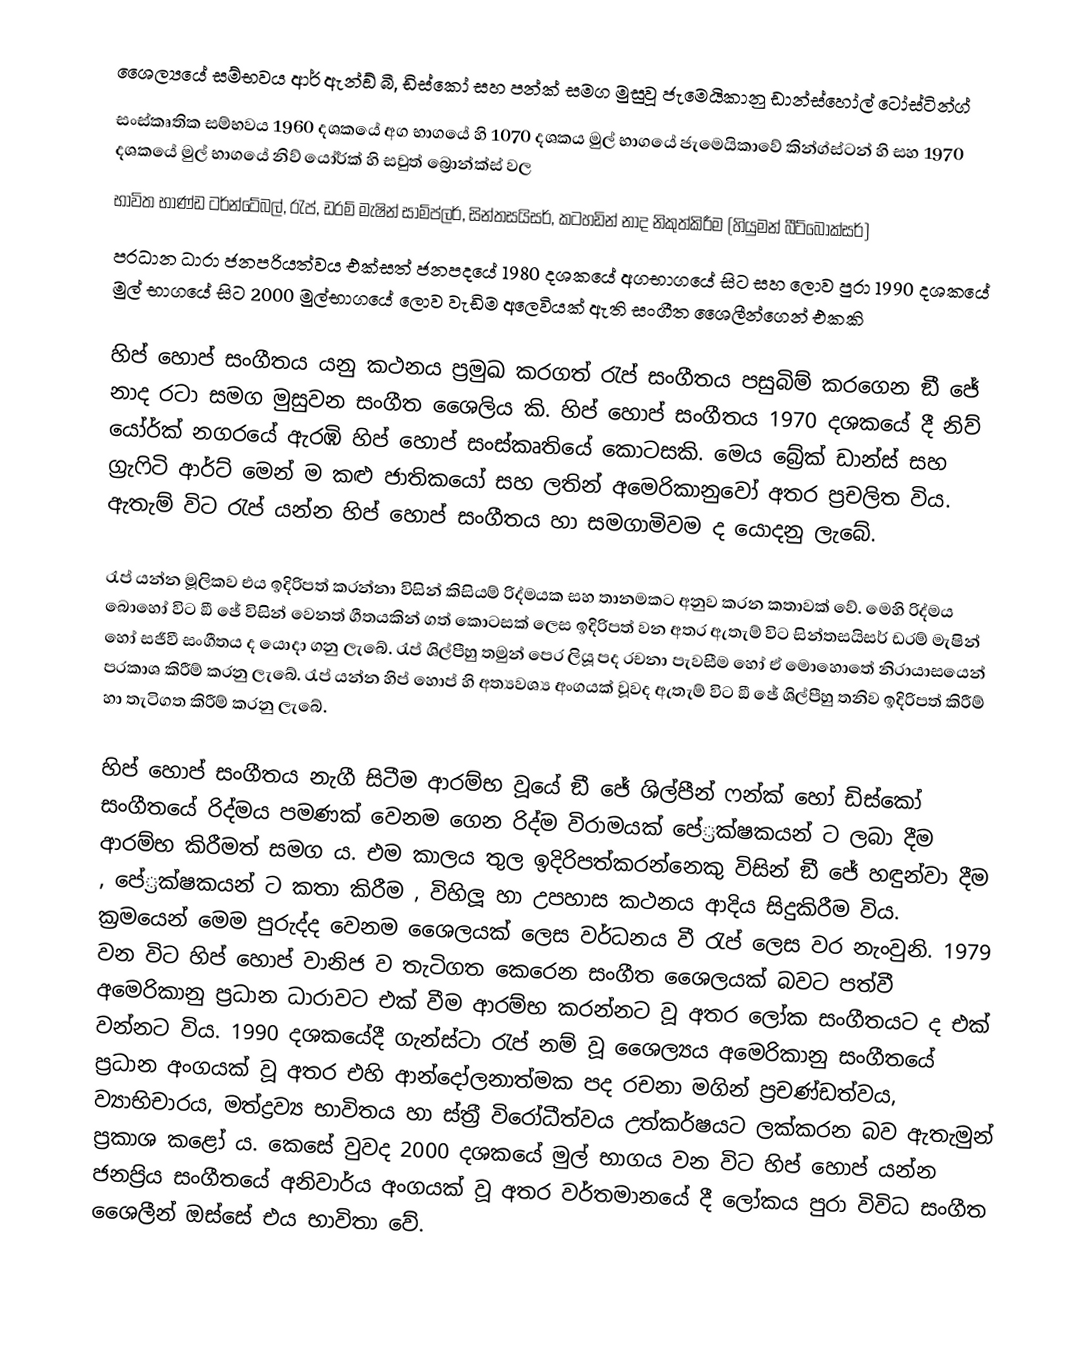
ශෛල්‍යයේ සම්භවය	ආර් ඇන්ඞ් බී, ඩිස්කෝ සහ පන්ක් සමග මුසුවූ ජැමෙයිකානු ඩාන්ස්හෝල් ටෝස්ටින්ග්
සංස්කෘතික සම්භවය	1960 දශකයේ අග භාගයේ හි 1070 දශකය මුල් භාගයේ ජැමෙයිකාවේ කින්ග්ස්ටන් හි සහ 1970 දශකයේ මුල් භාගයේ නිව් යෝර්ක් හි සවුත් බ්‍රොන්ක්ස් වල
භාවිත භාණ්ඩ	ටර්න්ටේබල්, රැප්, ඩ‍්‍රම් මැෂින් සාම්ප්ලර්, සින්තසයිසර්, කටහඩින් නාද නිකුත්කිරීම (හියුමන් බීට්බොක්සර්)
ප‍්‍රධාන ධාරා ජනප‍්‍රියත්වය	එක්සත් ජනපදයේ 1980 දශකයේ අගභාගයේ සිට සහ ලොව පුරා 1990 දශකයේ මුල් භාගයේ සිට 2000 මුල්භාගයේ ලොව වැඩිම අලෙවියක් ඇති සංගීත ශෛලීන්ගෙන් එකකි

හිප් හොප් සංගීතය යනු කථනය ප‍්‍රමුඛ කරගත් රැප් සංගීතය පසුබිම් කරගෙන ඞී ජේ නාද රටා සමග මුසුවන සංගීත ශෛලිය කි. හිප් හොප් සංගීතය 1970 දශකයේ දී නිව් යෝර්ක් නගරයේ ඇරඹි හිප් හොප් සංස්කෘතියේ කොටසකි. මෙය බ්‍රේක් ඩාන්ස් සහ ග‍්‍රැෆිටි ආර්ට් මෙන් ම කළු ජාතිකයෝ සහ ලතින් අමෙරිකානුවෝ අතර ප‍්‍රචලිත විය. ඇතැම් විට රැප් යන්න හිප් හොප් සංගීතය හා සමගාමිවම ද යොදනු ලැබේ.

රැප් යන්න මූලිකව එය ඉදිරිපත් කරන්නා විසින් කිසියම් රිද්මයක සහ තානමකට අනුව කරන කතාවක් වේ. මෙහි රිද්මය බොහෝ විට ඞී ජේ විසින් වෙනත් ගීතයකින් ගත් කොටසක් ලෙස ඉදිරිපත් වන අතර ඇතැම් විට සින්තසයිසර් ඩ‍්‍රම් මැෂින් හෝ සජීවී සංගීතය ද යොදා ගනු ලැබේ. රැප් ශිල්පීහු තමුන් පෙර ලියූ පද රචනා පැවසීම හෝ ඒ මොහොතේ නිරායාසයෙන් ප‍්‍රකාශ කිරීම් කරනු ලැබේ. රැප් යන්න හිප් හොප් හි අත්‍යවශ්‍ය අංගයක් වූවද ඇතැම් විට ඞී ජේ ශිල්පීහු තනිව ඉදිරිපත් කිරීම් හා තැටිගත කිරීම් කරනු ලැබේ.

හිප් හොප් සංගීතය නැගී සිටීම ආරම්භ වූයේ ඞී ජේ ශිල්පීන් ෆන්ක් හෝ ඩිස්කෝ සංගීතයේ රිද්මය පමණක් වෙනම ගෙන රිද්ම විරාමයක් පේ‍්‍රක්ෂකයන් ට ලබා දීම ආරම්භ කිරීමත් සමග ය. එම කාලය තුල ඉදිරිපත්කරන්නෙකු විසින් ඞී ජේ හඳුන්වා දීම , පේ‍්‍රක්ෂකයන් ට කතා කිරීම , විහිලූ හා උපහාස කථනය ආදිය සිදුකිරීම විය. ක‍්‍රමයෙන් මෙම පුරුද්ද වෙනම ශෛලයක් ලෙස වර්ධනය වී රැප් ලෙස වර නැංවුනි. 1979 වන විට හිප් හොප් වානිජ ව තැටිගත කෙරෙන සංගීත ශෛලයක් බවට පත්වී අමෙරිකානු ප‍්‍රධාන ධාරාවට එක් වීම ආරම්භ කරන්නට වූ අතර ලෝක සංගීතයට ද එක් වන්නට විය.  1990 දශකයේදී ගැන්ස්ටා රැප් නම් වූ ශෛල්‍යය අමෙරිකානු සංගීතයේ ප‍්‍රධාන අංගයක් වූ අතර එහි ආන්දෝලනාත්මක පද රචනා මගින් ප‍්‍රචණ්ඩත්වය, ව්‍යාභිචාරය, මත්ද්‍රව්‍ය භාවිතය හා ස්ත‍්‍රී විරෝධීත්වය උත්කර්ෂයට ලක්කරන බව ඇතැමුන් ප‍්‍රකාශ කළෝ ය. කෙසේ වුවද 2000 දශකයේ මුල් භාගය වන විට හිප් හොප් යන්න ජනප‍්‍රිය සංගීතයේ අනිවාර්ය අංගයක් වූ අතර වර්තමානයේ දී ලෝකය පුරා විවිධ සංගීත ශෛලීන් ඔස්සේ එය භාවිතා වේ.